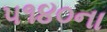
૫૧૪૦ના